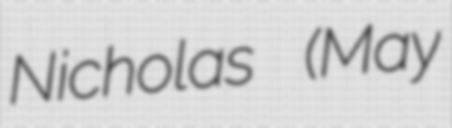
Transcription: Nicholas (May